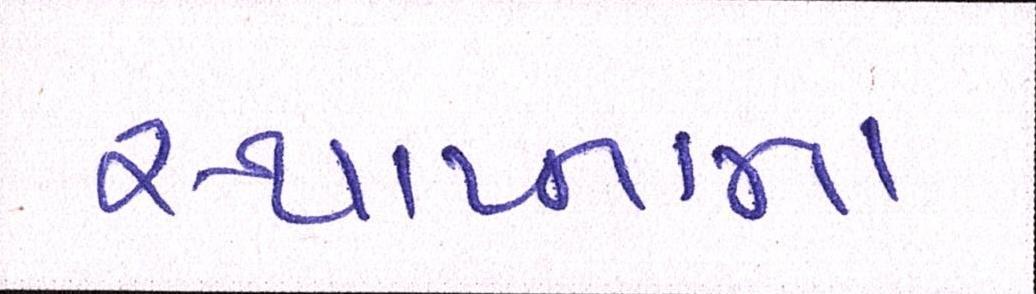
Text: સ્થાપ્નાના